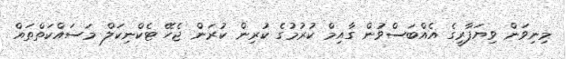
މިނިވަން ވިޔަފާރީގެ އެއްބަސްވުން ގާއިމް ކުރުމުގެ ކުރިން ކުރަން ޖެހޭ ޓެކްނިކަލް މަސައްކަތްތައް